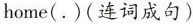
home(.)(连词成句)